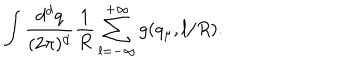
LaTeX: \int \frac { d ^ { d } q } { { ( 2 \pi ) ^ { d } } } \frac { 1 } { R } \sum _ { l = - \infty } ^ { + \infty } g ( q _ { \mu } , l / R ) .